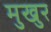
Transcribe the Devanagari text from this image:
मुखुर